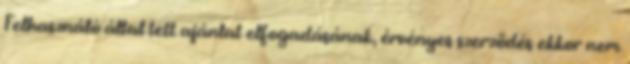
Felhasználó által tett ajánlat elfogadásának, érvényes szerződés ekkor nem